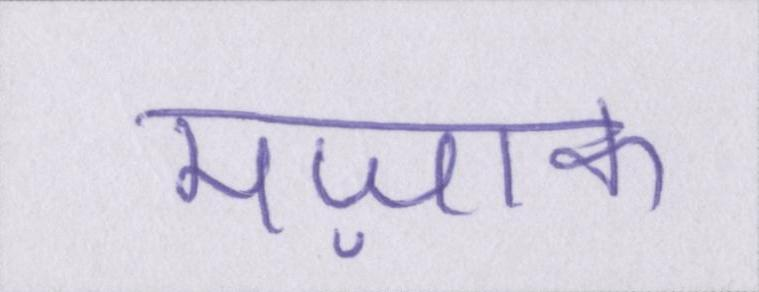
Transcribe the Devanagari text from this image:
मज़ाक